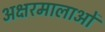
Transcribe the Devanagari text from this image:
अक्षरमालाओं